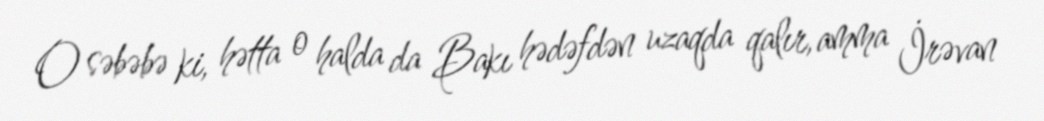
O səbəbə ki, hətta o halda da Bakı hədəfdən uzaqda qalır, amma İrəvan